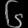
Digit: ၆